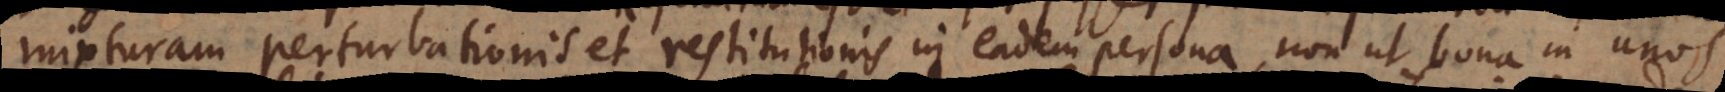
mixturam perturbationis et restitutionis in eadem persona, non ut bona in unos,